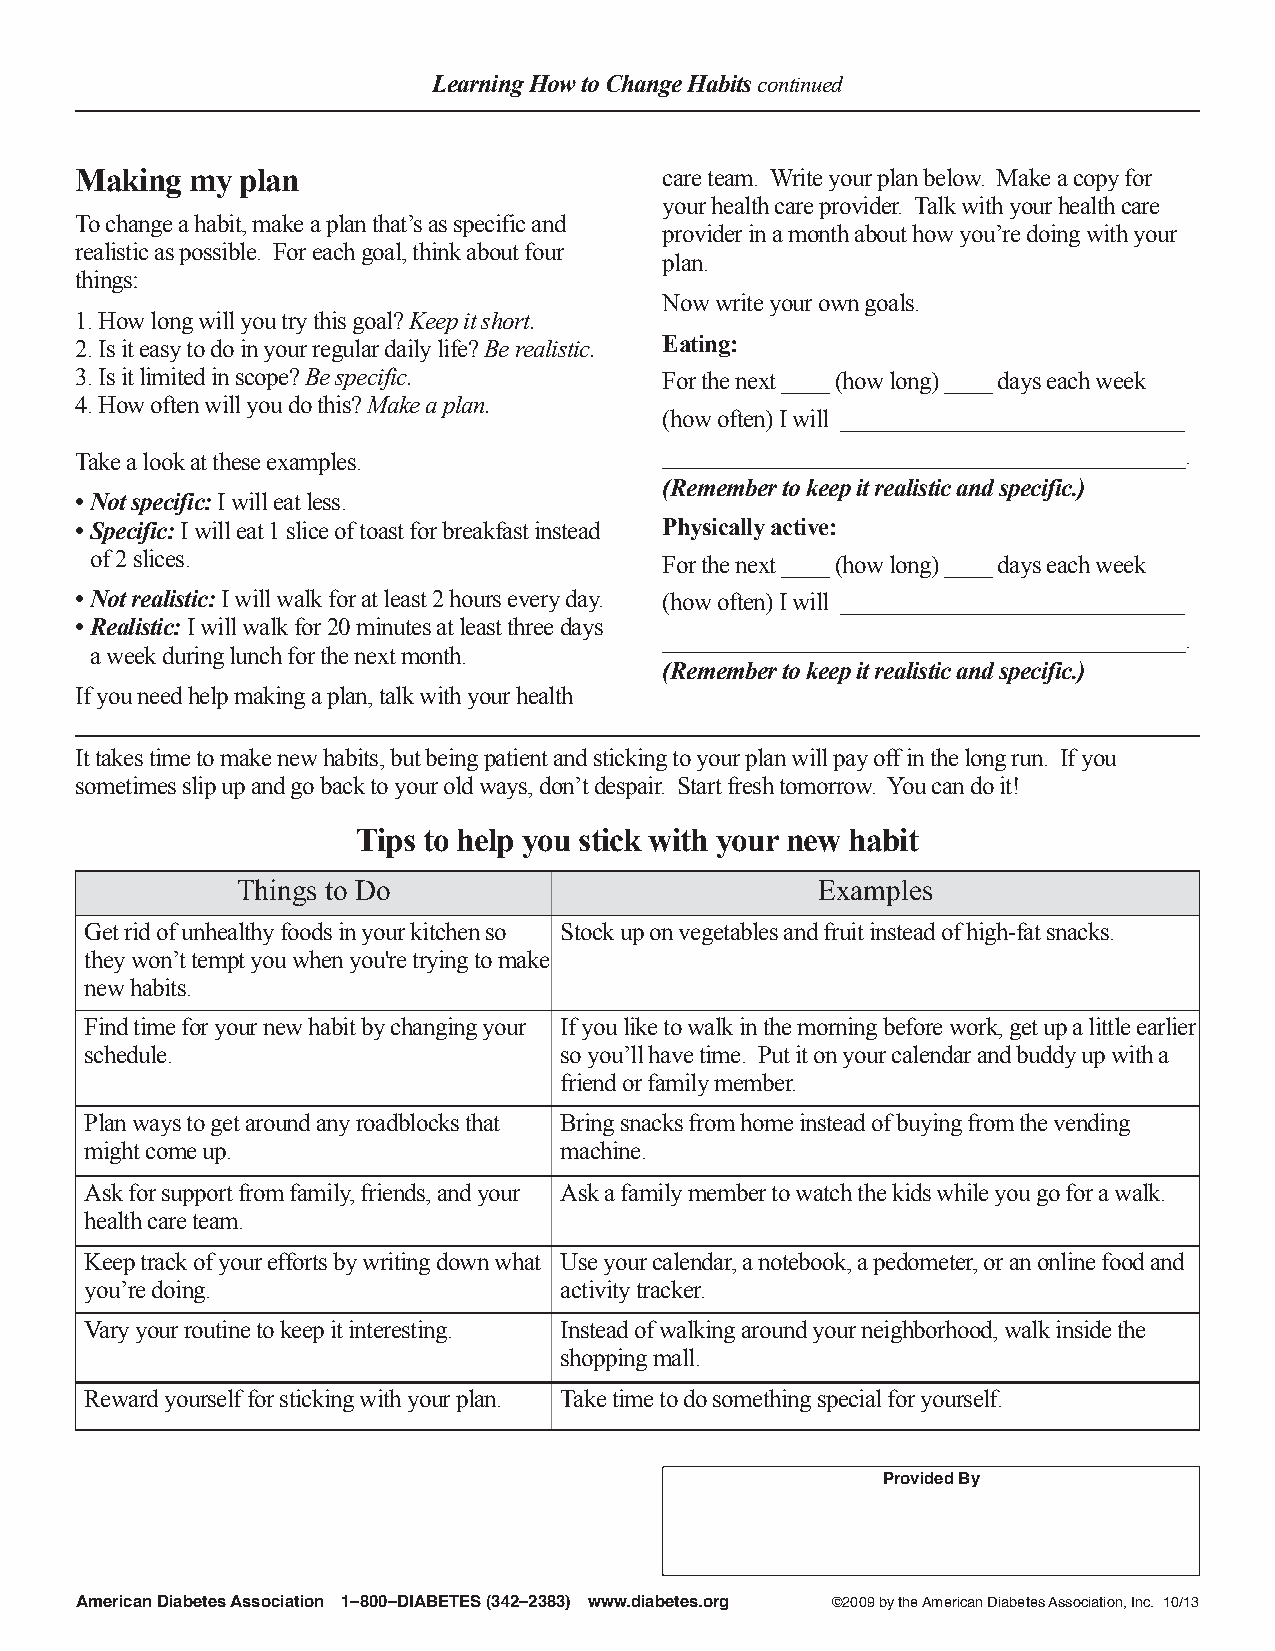
Learning How to Change Habitscontinued
 Making my  plan                        care team. Write your plan below. Make a copy for
 your health care provider. Talk with your health care
 To change a habit, make a plan that’s as specific and
 provider in a month about how you’re doing with your
 realistic as possible. For each goal, think about four
 plan.
 things:
 Now write your own goals.
 1. How long will you try this goal? Keep it short.
 2. Is it easy to do in your regular daily life? Be realistic. Eating:
 3. Is it limited in scope?Be specific. For the next ____ (how long) ____ days each week
 4. How often will you do this?Make a plan.
 (how often) I will _____________________________
 Take a look at these examples.         ____________________________________________.
 (Remember to keep it realistic and specific.)
 •Not specific:I will eat less.
 •Specific:I will eat 1 slice of toast for breakfast instead Physically active:
 of 2 slices.                          For the next ____ (how long) ____ days each week
 •Not realistic:I will walk for at least 2 hours every day. (how often) I will _____________________________
 •Realistic:I will walk for 20 minutes at least three days
 ____________________________________________.
 a week during lunch for the next month.
 (Remember to keep it realistic and specific.)
 If you need help making a plan, talk with your health
 It takes time to make new habits, but being patient and sticking to your plan will pay off in the long run. If you
 sometimes slip up and go back to your old ways, don’t despair. Start fresh tomorrow. You can do it!
 Tips to help you stick with your new habit
 Things to Do                          Examples
 Get rid of unhealthy foods in your kitchen so Stock up on vegetables and fruit instead of high-fat snacks.
 they won’t tempt you when you're trying to make
 new habits.
 Find time for your new habit by changing your If you like to walk in the morning before work, get up a little earlier
 schedule.                      so you’ll have time. Put it on your calendar and buddy up with a
 friend or family member.
 Plan ways to get around any roadblocks that Bring snacks from home instead of buying from the vending
 might come up.                 machine.
 Ask for support from family, friends, and your Ask a family member to watch the kids while you go for a walk.
 health care team.
 Keep track of your efforts by writing down what Use your calendar, a notebook, a pedometer, or an online food and
 you’re doing.                  activity tracker.
 Vary your routine to keep it interesting. Instead of walking around your neighborhood, walk inside the
 shopping mall.
 Reward yourself for sticking with your plan. Take time to do something special for yourself.
 Provided By
 American Diabetes Association 1–800–DIABETES (342–2383) www.diabetes.org ©2009 by the American Diabetes Association, Inc. 10/13